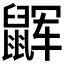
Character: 𱌏